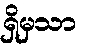
ရှိမှသာ